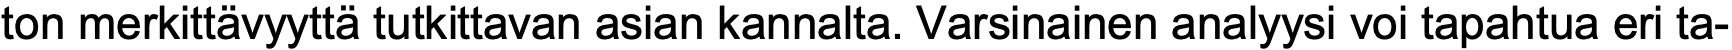
ton merkittävyyttä tutkittavan asian kannalta. Varsinainen analyysi voi tapahtua eri ta-